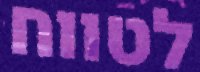
לטווח